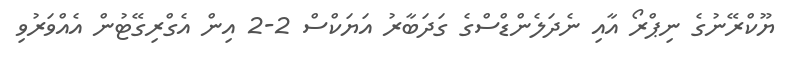
ޔޫކްރޭނުގެ ނިޕްރޯ އާއި ނެދަލެންޑްސްގެ ގަދަބާރު އަޔަކްސް 2-2 އިން އެގްރިގޭޓުން އެއްވަރުވި